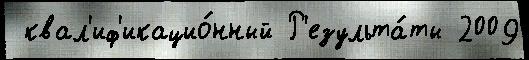
 квал'иф'икацио́нный Р'езульта́ты 2009